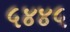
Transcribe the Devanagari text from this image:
५४४५